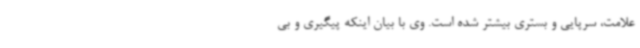
علامت، سرپایی و بستری بیشتر شده است. وی با بیان اینکه پیگیری و بی